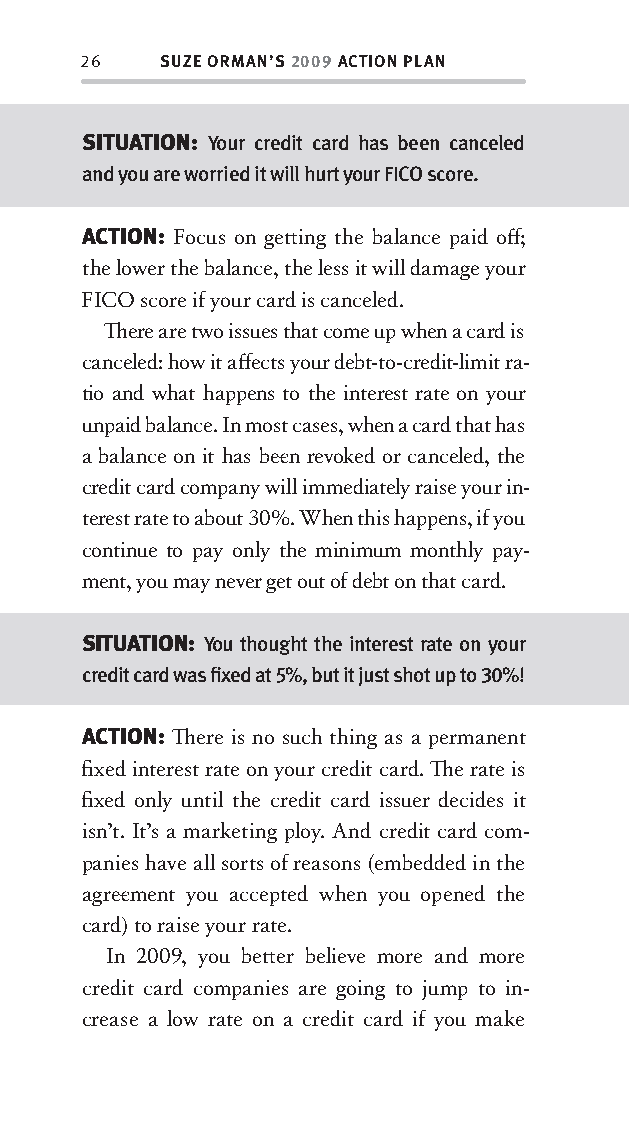
26   SUZE ORMAN’S 2009 ACTION PLAN
 SITUATION: Your credit card has been canceled
 and you are worried it will hurt your FICO score.
 ACTION: Focus on gett ing the balance paid off ;
 the lower the balance, the less it will damage your
 FICO score if your card is canceled.
 Th ere are tw o issues that come up when a card is
 canceled: how it aff ects your debt-to-credit-limit ra-
 tio and what happens to the interest rate on your
 unpaid balance. In most cases, when a card that has
 a balance on it has bee n revoked or canceled, the
 credit card company will immediately raise your in-
 terest rate to about 30%. When this happens, if you
 continue to pay only the minimum monthly pay-
 ment, you may never get out of debt on that card.
 SITUATION: You thought the interest rate on your
 credit card was fi xed at 5%, but it just shot up to 30%!
 ACTION: Th ere is no such thing as a permanent
 fi xed interest rate on your credit card. Th e rate is
 fi xed only until the credit card issuer decides it
 isn’t. It’s a marketing ploy. And credit card com-
 panies have all sorts of reasons (embedded in the
 agree ment you accepted when you opened the
 card) to raise your rate.
 In 2009, you bett er believe more and more
 credit card companies are going to jump to in-
 crease a low rate on a credit card if you make
 OOrrmmaa__99778800338855553300993344__44pp__aallll__rr11..iinndddd 2266 1122//33//0088 99::3311::0011 AAMM